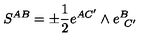
S ^ { A B } = \pm \frac 1 2 e ^ { A C ^ { \prime } } \wedge e _ { \ C ^ { \prime } } ^ { B } \label K